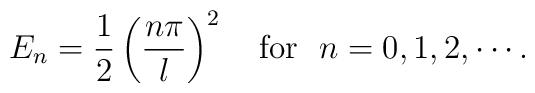
E_n =\frac{1}{2}\left( \frac{n\pi}{l} \right)^2     \quad{\rm for} ~~n=0,1,2,\cdots.